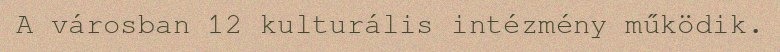
A városban 12 kulturális intézmény működik.